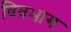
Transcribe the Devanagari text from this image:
विवभाग